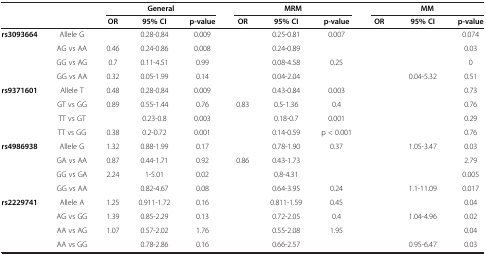
<table><thead><tr><td>[EMPTY_CELL]</td><td>[EMPTY_CELL]</td><td colspan="3"><b>General</b></td><td colspan="3"><b>MRM</b></td><td colspan="3"><b>MM</b></td></tr><tr><td>[EMPTY_CELL]</td><td>[EMPTY_CELL]</td><td><b>OR</b></td><td><b>95% CI</b></td><td><b>p-value</b></td><td><b>OR</b></td><td><b>95% CI</b></td><td><b>p-value</b></td><td><b>OR</b></td><td><b>95% CI</b></td><td><b>p-value</b></td></tr></thead><tbody><tr><td><b>rs3093664</b></td><td>Allele G</td><td>[EMPTY_CELL]</td><td>0.28-0.84</td><td>0.009</td><td>[EMPTY_CELL]</td><td>0.25-0.81</td><td>0.007</td><td>[EMPTY_CELL]</td><td>[EMPTY_CELL]</td><td>0.074</td></tr><tr><td>[EMPTY_CELL]</td><td>AG vs AA</td><td>0.46</td><td>0.24-0.86</td><td>0.008</td><td>[EMPTY_CELL]</td><td>0.24-0.89</td><td>[EMPTY_CELL]</td><td>[EMPTY_CELL]</td><td>[EMPTY_CELL]</td><td>0.03</td></tr><tr><td>[EMPTY_CELL]</td><td>GG vs AG</td><td>0.7</td><td>0.11-4.51</td><td>0.99</td><td>[EMPTY_CELL]</td><td>0.08-4.58</td><td>0.25</td><td>[EMPTY_CELL]</td><td>[EMPTY_CELL]</td><td>0</td></tr><tr><td>[EMPTY_CELL]</td><td>GG vs AA</td><td>0.32</td><td>0.05-1.99</td><td>0.14</td><td>[EMPTY_CELL]</td><td>0.04-2.04</td><td>[EMPTY_CELL]</td><td>[EMPTY_CELL]</td><td>0.04-5.32</td><td>0.51</td></tr><tr><td><b>rs9371601</b></td><td>Allele T</td><td>0.48</td><td>0.28-0.84</td><td>0.009</td><td>[EMPTY_CELL]</td><td>0.43-0.84</td><td>0.003</td><td>[EMPTY_CELL]</td><td>[EMPTY_CELL]</td><td>0.73</td></tr><tr><td>[EMPTY_CELL]</td><td>GT vs GG</td><td>0.89</td><td>0.55-1.44</td><td>0.76</td><td>0.83</td><td>0.5-1.36</td><td>0.4</td><td>[EMPTY_CELL]</td><td>[EMPTY_CELL]</td><td>0.76</td></tr><tr><td>[EMPTY_CELL]</td><td>TT vs GT</td><td>[EMPTY_CELL]</td><td>0.23-0.8</td><td>0.003</td><td>[EMPTY_CELL]</td><td>0.18-0.7</td><td>0.001</td><td>[EMPTY_CELL]</td><td>[EMPTY_CELL]</td><td>0.29</td></tr><tr><td>[EMPTY_CELL]</td><td>TT vs GG</td><td>0.38</td><td>0.2-0.72</td><td>0.001</td><td>[EMPTY_CELL]</td><td>0.14-0.59</td><td>p &lt; 0.001</td><td>[EMPTY_CELL]</td><td>[EMPTY_CELL]</td><td>0.76</td></tr><tr><td><b>rs4986938</b></td><td>Allele G</td><td>1.32</td><td>0.88-1.99</td><td>0.17</td><td>[EMPTY_CELL]</td><td>0.78-1.90</td><td>0.37</td><td>[EMPTY_CELL]</td><td>1.05-3.47</td><td>0.03</td></tr><tr><td>[EMPTY_CELL]</td><td>GA vs AA</td><td>0.87</td><td>0.44-1.71</td><td>0.92</td><td>0.86</td><td>0.43-1.73</td><td>[EMPTY_CELL]</td><td>[EMPTY_CELL]</td><td>[EMPTY_CELL]</td><td>2.79</td></tr><tr><td>[EMPTY_CELL]</td><td>GG vs GA</td><td>2.24</td><td>1-5.01</td><td>0.02</td><td>[EMPTY_CELL]</td><td>0.8-4.31</td><td>[EMPTY_CELL]</td><td>[EMPTY_CELL]</td><td>[EMPTY_CELL]</td><td>0.005</td></tr><tr><td>[EMPTY_CELL]</td><td>GG vs AA</td><td>[EMPTY_CELL]</td><td>0.82-4.67</td><td>0.08</td><td>[EMPTY_CELL]</td><td>0.64-3.95</td><td>0.24</td><td>[EMPTY_CELL]</td><td>1.1-11.09</td><td>0.017</td></tr><tr><td><b>rs2229741</b></td><td>Allele A</td><td>1.25</td><td>0.911-1.72</td><td>0.16</td><td>[EMPTY_CELL]</td><td>0.811-1.59</td><td>0.45</td><td>[EMPTY_CELL]</td><td>[EMPTY_CELL]</td><td>0.04</td></tr><tr><td>[EMPTY_CELL]</td><td>AG vs GG</td><td>1.39</td><td>0.85-2.29</td><td>0.13</td><td>[EMPTY_CELL]</td><td>0.72-2.05</td><td>0.4</td><td>[EMPTY_CELL]</td><td>1.04-4.96</td><td>0.02</td></tr><tr><td>[EMPTY_CELL]</td><td>AA vs AG</td><td>1.07</td><td>0.57-2.02</td><td>1.76</td><td>[EMPTY_CELL]</td><td>0.55-2.08</td><td>1.95</td><td>[EMPTY_CELL]</td><td>[EMPTY_CELL]</td><td>0.04</td></tr><tr><td>[EMPTY_CELL]</td><td>AA vs GG</td><td>[EMPTY_CELL]</td><td>0.78-2.86</td><td>0.16</td><td>[EMPTY_CELL]</td><td>0.66-2.57</td><td>[EMPTY_CELL]</td><td>[EMPTY_CELL]</td><td>0.95-6.47</td><td>0.03</td></tr></tbody></table>